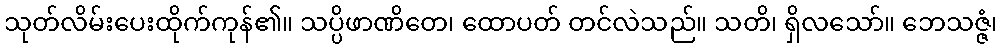
သုတ်လိမ်းပေးထိုက်ကုန်၏။ သပ္ပိဖာဏိတေ၊ ထောပတ် တင်လဲသည်။ သတိ၊ ရှိလသော်။ ဘေသဇ္ဇံ၊